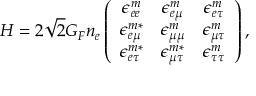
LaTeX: H = 2 \sqrt { 2 } G _ { F } n _ { e } \left( \begin{array} { c c c } { { \epsilon _ { e e } ^ { m } } } & { { \epsilon _ { e \mu } ^ { m } } } & { { \epsilon _ { e \tau } ^ { m } } } \\ { { \epsilon _ { e \mu } ^ { m * } } } & { { \epsilon _ { \mu \mu } ^ { m } } } & { { \epsilon _ { \mu \tau } ^ { m } } } \\ { { \epsilon _ { e \tau } ^ { m * } } } & { { \epsilon _ { \mu \tau } ^ { m * } } } & { { \epsilon _ { \tau \tau } ^ { m } } } \end{array} \right) ,